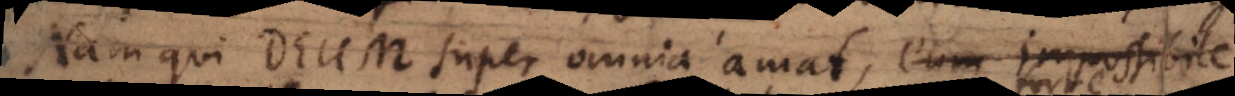
Nam qui Deum super omnia amat, eum impossibile